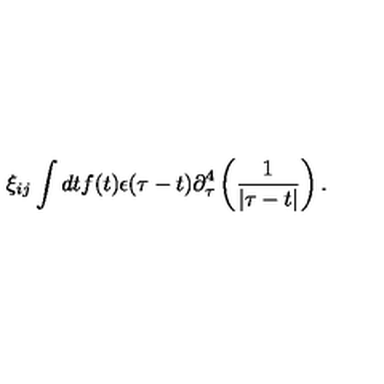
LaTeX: \xi _ { i j } \int d t f ( t ) \epsilon ( \tau - t ) \partial _ { \tau } ^ { 4 } \left( { \frac { 1 } { | \tau - t | } } \right) .